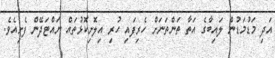
އަދި މަޑުމަޑުން ލައިބާގެ އަތާ ތަންތަނަށް ހެރިފައި ހުރި އިލޮށިކޮޅުތައް ނައްޓަދޭން ފެށިއެވެ.